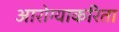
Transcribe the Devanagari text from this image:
आरोग्याकरिता